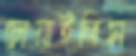
চোয়াইতিস